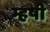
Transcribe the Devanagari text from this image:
म्हषी